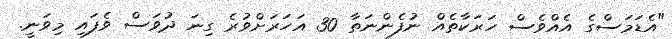
"އެޑަމަސްގެ އެއްވެސް ހަރަކާތެއް ނުފެންނަތާ 30 އަހަރަށްވުރެ ގިނަ ދުވަސް ވެފައި މިވަނީ.